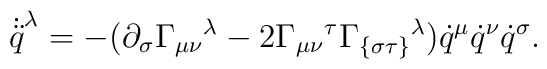
\dot{\ddot{q}}^\lambda = - (\partial_\sigma {{{\Gamma}}_{\mu\nu}}{}^\lambda- 2 {{{\Gamma}}_{\mu \nu}}{}^\tau{{{\Gamma}}_{\{\sigma\tau\}}}{}^\lambda  )\dot{q}^\mu  \dot{q}^\nu \dot{q}^\sigma.